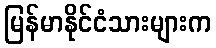
မြန်မာနိုင်ငံသားများက